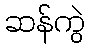
ဆန်ကွဲ